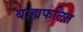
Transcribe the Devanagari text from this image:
बाह्यफलित